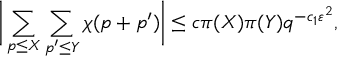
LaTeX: { \biggl | } \sum _ { p \leq X } \sum _ { p ^ { \prime } \leq Y } \chi ( p + p ^ { \prime } ) { \biggr | } \leq c \pi ( X ) \pi ( Y ) q ^ { - c _ { 1 } \varepsilon ^ { 2 } } ,